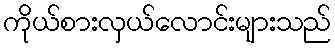
ကိုယ်စားလှယ်လောင်းများသည်